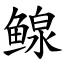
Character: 鳈